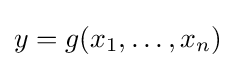
y=g(x_{1},\dots ,x_{n})